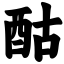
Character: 酤